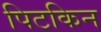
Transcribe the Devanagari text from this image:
पिटकिन